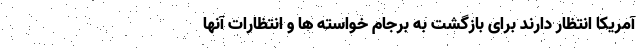
آمریکا انتظار دارند برای بازگشت به برجام خواسته ها و انتظارات آنها